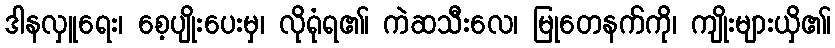
ဒါနလှူရေး၊ စေ့ပျိုးပေးမှ၊ လိုရုံရ၏၊ ကဲဆသီးလေ၊ မြုတေနက်ကို၊ ကျိုးများယှိ၏၊